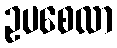
ဥပစေလာ